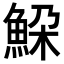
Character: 𩶹